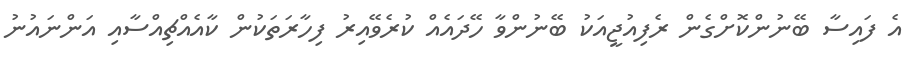
އެ ފައިސާ ބޭނުންކޮށްގެން ރެފިއުޖީއަކު ބޭނުންވާ ހޭދައެއް ކުރެވޭއިރު ފިހާރަތަކުން ކާއެއްޗިއްސާއި އަންނައުނު